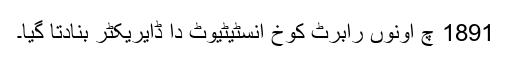
1891 چ اونوں رابرٹ کوخ انسٹیٹیوٹ دا ڈایریکٹر بنادتا گیا۔